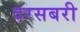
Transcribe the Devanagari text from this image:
दरसबरी